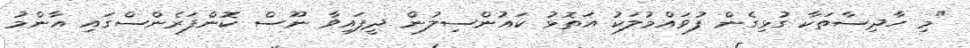
"މި ހާދިސާތަކާ ގުޅިގެން ފުވައްމުލަކު އަތޮޅު ކައުންސިލުން ދީފައިވާ ނޫސް ކޮންފަރެންސްގައި އާންމު